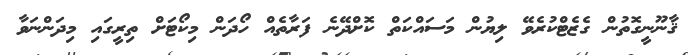
ޤާނޫނީގޮތުން ގެޒެޓްކުރެވޭ ލިޔުން މަސައްކަތް ކޮށްދޭނެ ފަރާތެއް ހޯދަން މިކޯޓަށް ތިރީގައި މިދަންނަވާ